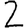
Digit: 2